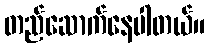
တည်ဆောက်နေပါတယ်။